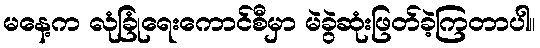
မနေ့က လုံခြုံရေးကောင်စီမှာ မဲခွဲဆုံးဖြတ်ခဲ့ကြတာပါ။